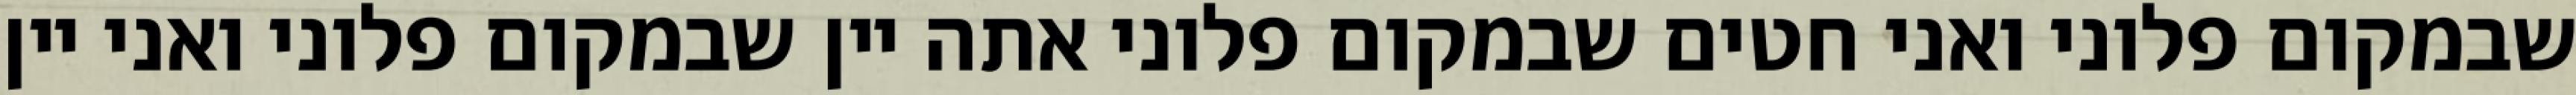
שבמקום פלוני ואני חטים שבמקום פלוני אתה יין שבמקום פלוני ואני יין